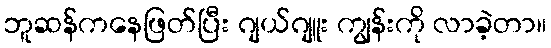
ဘူဆန်ကနေဖြတ်ပြီး ဂျယ်ဂျူး ကျွန်းကို လာခဲ့တာ။